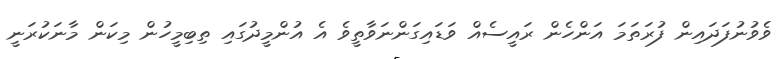
ވެވުނުފަދައިން ފުރަތަމަ އަންހެން ރައީސެއް ވަޑައިގަންނަވާތީވެ އެ އުންމީދުގައި ތިބިމީހުން މިކަން މާނަކުރަނީ